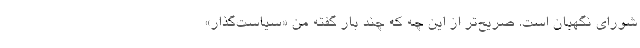
شورای نگهبان است. صریح‌تر از این چه که چند بار گفته من «سیاست‌گذار»